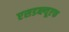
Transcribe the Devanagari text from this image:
एसडब्ल्यूएफ